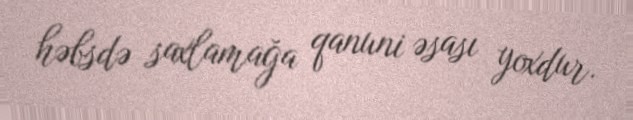
həbsdə saxlamağa qanuni əsası yoxdur.